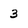
Character: 3